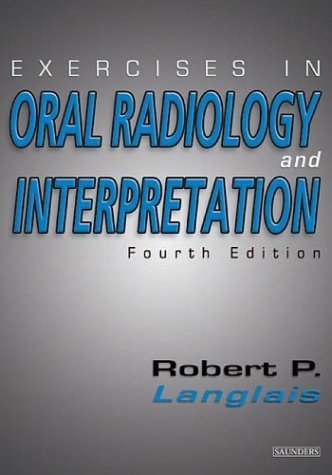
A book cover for Exercises in Oral Radiology and Interpretation by Langlais DDS MS, Robert P.. (Saunders,2003) [Paperback] 4th Edition; Medical Books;